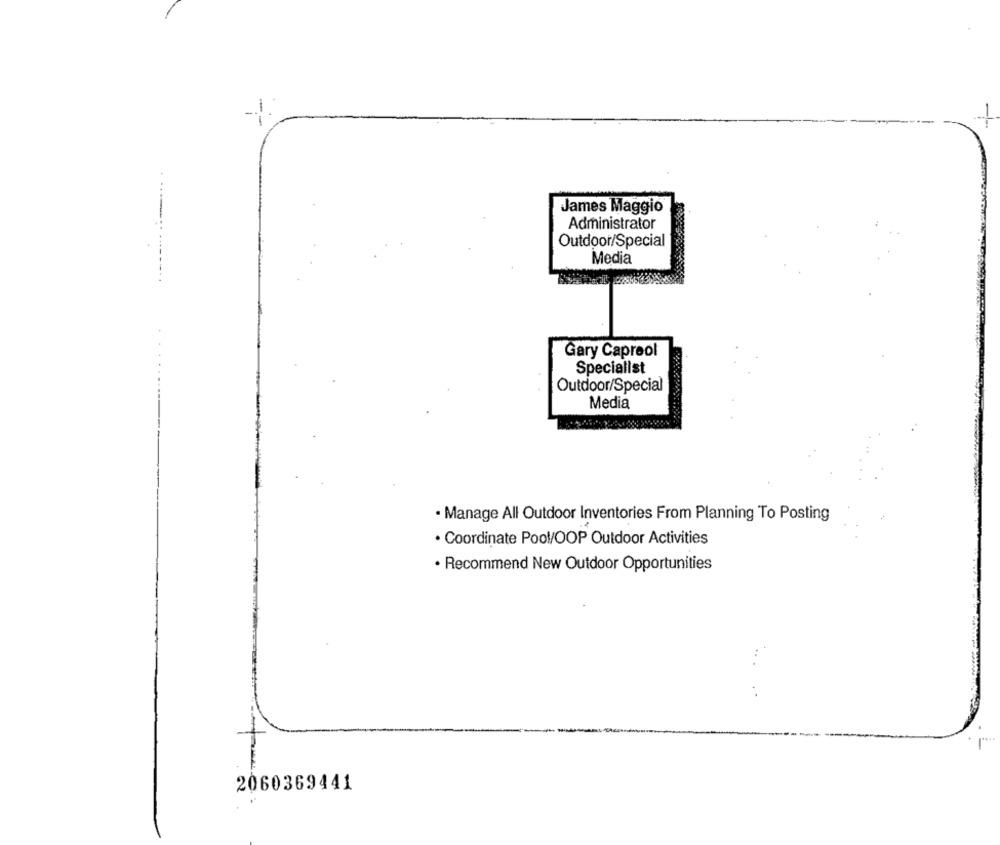
James Maggio
Administrator
Outdoor/Special
Media
Gary Capreol
Specialist
Outdoor/Special
Media
· Manage All Outdoor Inventories From Planning To Posting
· Coordinate Pool/OOP Outdoor Activities
· Recommend New Outdoor Opportunities
.. .
2060369441